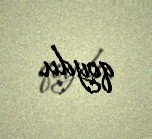
qoydu.